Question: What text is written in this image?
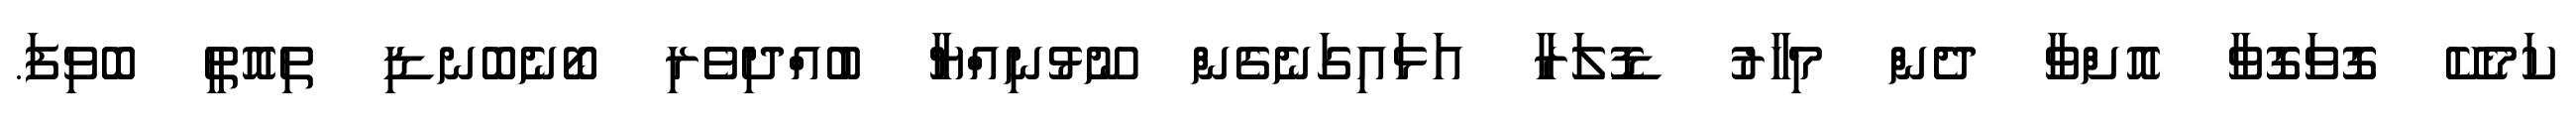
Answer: ކަމެކޭ ގޮވަގޮވާ އޮށްވާ ދެން މިހާރު ޑޮލަރާ އަޅައިގަނެގެން ނޫޅުނިއްޔާ ބުއްދިވެރި ބޯނެބޮނޑި ތިއޮތީ ބޮވިފަ.